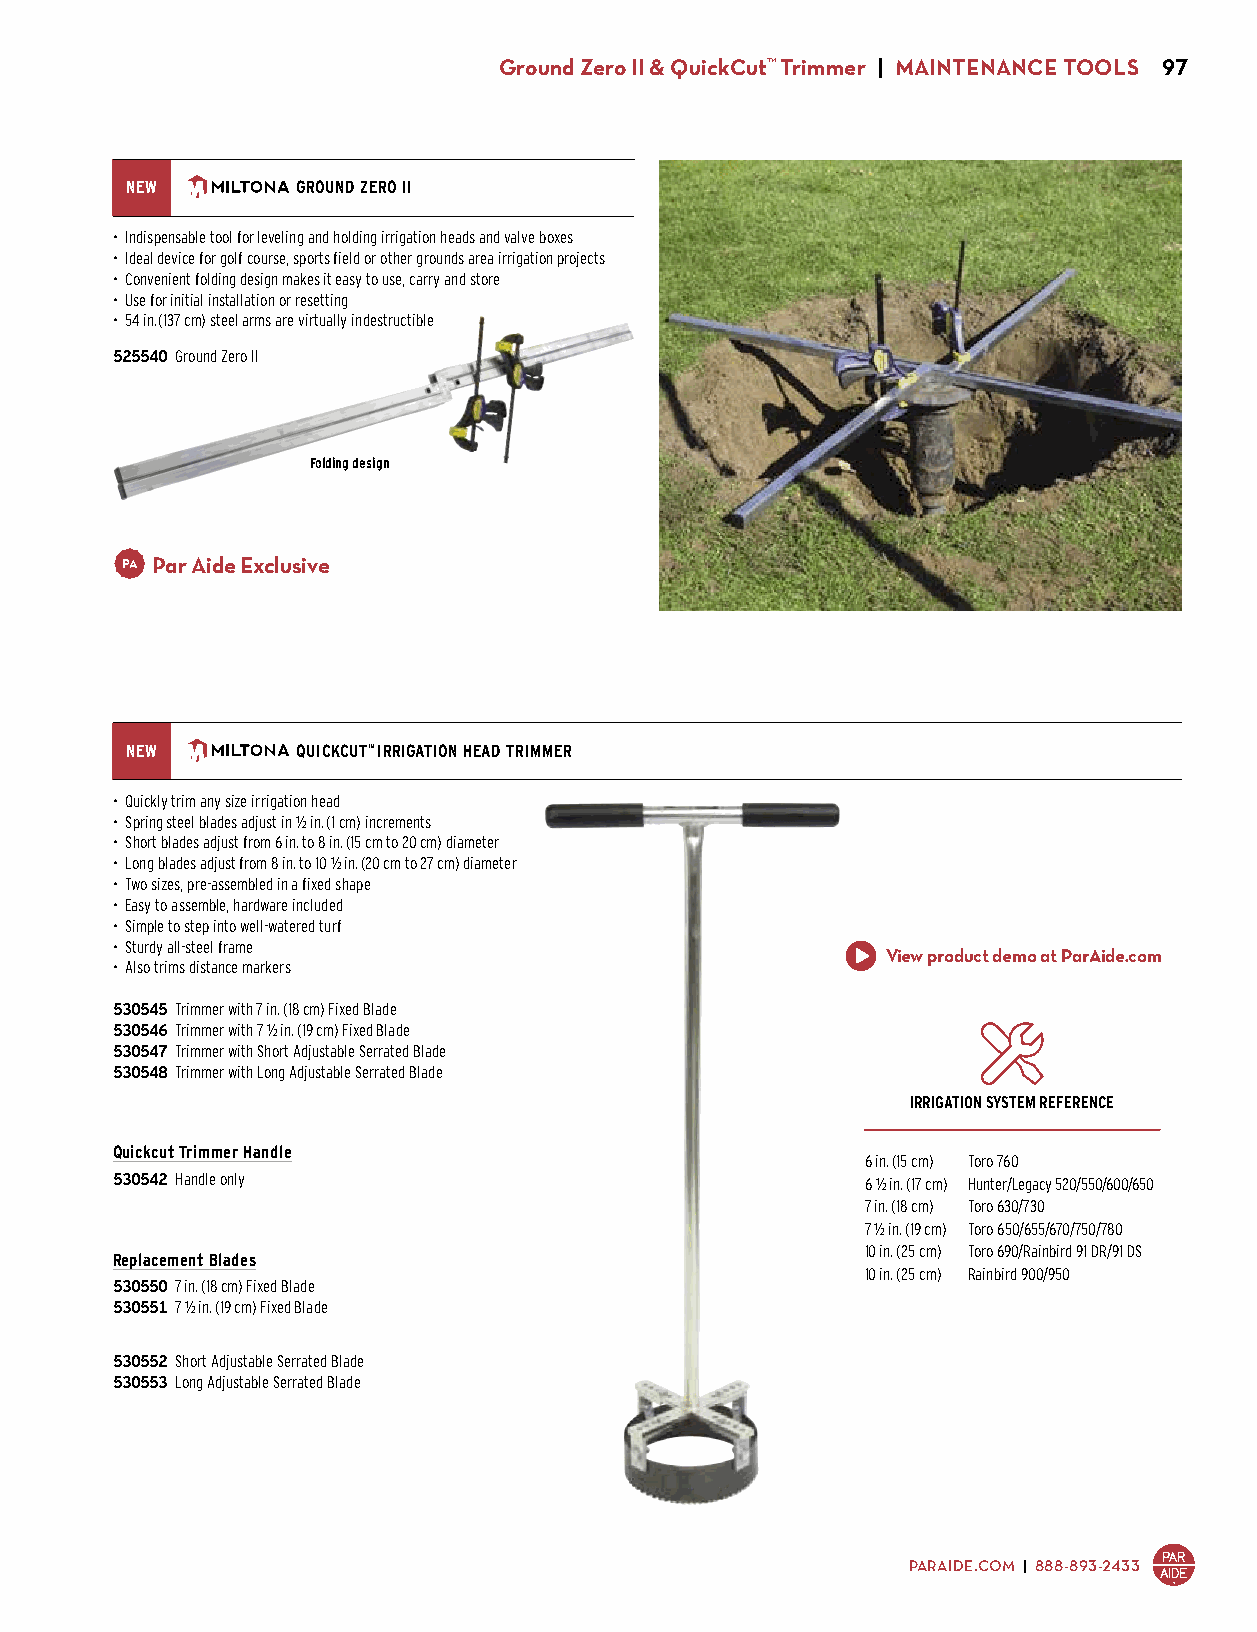
Ground Zero II & QuickCut™ Trimmer | MAINTENANCE TOOLS 97
 NEW         GROUND ZERO II
 • Indispensable tool for leveling and holding irrigation heads and valve boxes
 • Ideal device for golf course, sports field or other grounds area irrigation projects
 • Convenient folding design makes it easy to use, carry and store
 • Use for initial installation or resetting
 • 54 in. (137 cm) steel arms are virtually indestructible
 525540 Ground Zero II
 $255.00
 Folding design
 Par Aide Exclusive
 NEW         QUICKCUT™ IRRIGATION HEAD TRIMMER
 • Quickly trim any size irrigation head
 • Spring steel blades adjust in 1/2 in. (1 cm) increments
 • Short blades adjust from 6 in. to 8 in. (15 cm to 20 cm) diameter
 • Long blades adjust from 8 in. to 10 1/2 in. (20 cm to 27 cm) diameter
 • Two sizes, pre-assembled in a fixed shape
 • Easy to assemble, hardware included
 • Simple to step into well-watered turf
 • Sturdy all-steel frame
 View product demo at ParAide.com
 • Also trims distance markers
 530545 Trimmer with 7 in. (18 cm) Fixed Blade
 530546 Trimmer with 7 1/2 in. (19 cm) Fixed Blade
 530547 Trimmer with Short Adjustable Serrated Blade
 530548 Trimmer with Long Adjustable Serrated Blade
 $199.00
 IRRIGATION SYSTEM REFERENCE
 Quickcut Trimmer Handle
 6 in. (15 cm) Toro 760
 530542 Handle only                                6 1/2 in. (17 cm) Hunter/Legacy 520/550/600/650
 $145.00
 7 in. (18 cm) Toro 630/730
 7 1/2 in. (19 cm) Toro 650/655/670/750/780
 10 in. (25 cm) Toro 690/Rainbird 91 DR/91 DS
 Replacement Blades
 10 in. (25 cm) Rainbird 900/950
 530550 7 in. (18 cm) Fixed Blade
 530551 7 1/2 in. (19 cm) Fixed Blade
 $50.00
 530552 Short Adjustable Serrated Blade
 530553 Long Adjustable Serrated Blade
 $50.00
 PARAIDE.COM | 888-893-2433